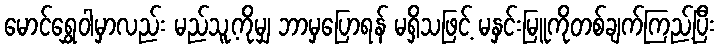
မောင်ရွှေဝါမှာလည်း မည်သူ့ကိုမျှ ဘာမှပြောရန် မရှိသဖြင့် မနှင်းမြူကိုတစ်ချက်ကြည့်ပြီး